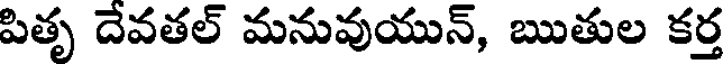
పితృ దేవతల్ మనువుయున్, ఋతుల కర్త